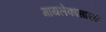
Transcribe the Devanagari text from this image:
मायलेकांसारखे